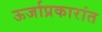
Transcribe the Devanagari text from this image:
ऊर्जाप्रकारांत